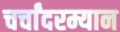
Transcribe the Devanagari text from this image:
चर्चांदरम्यान